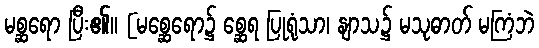
မစ္ဆရော ပြီး၏။ [မစ္ဆေရော၌ စ္ဆေရ ပြုရုံသာ၊ နျာသ၌ မသုဓာတ် မကြံဘဲ